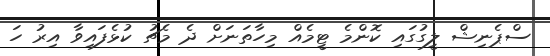
ސްޕެނިޝް ލީގުގައި ކޮންމެ ޓީމެއް މިހާތަނަށް ދެ މެޗު ކުޅެފައިވާ އިރު ހަ